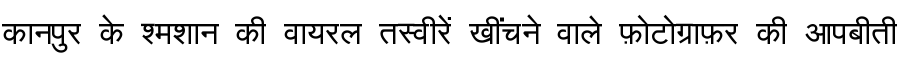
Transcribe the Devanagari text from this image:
कानपुर के श्मशान की वायरल तस्वीरें खींचने वाले फ़ोटोग्राफ़र की आपबीती